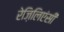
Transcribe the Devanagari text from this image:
रेज़िलिएंसी